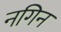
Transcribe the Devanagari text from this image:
नगिन